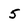
Character: 5